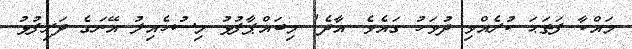
މައްކާ ފަތަޙަ ކުރެއްވި ދުވަހު ގައެވެ. އާދެ! މިބައްޕާފުޅު މިސުހެއިލު އޭނަގެ ދަރިފުޅު